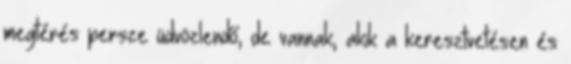
megtérés persze üdvözlendő, de vannak, akik a keresztvetésen és